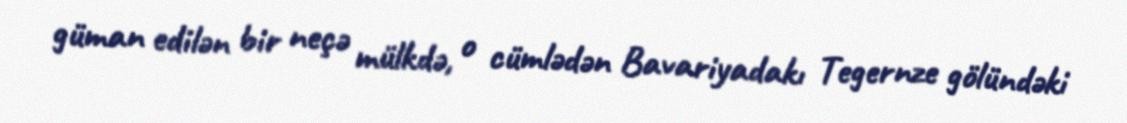
güman edilən bir neçə mülkdə, o cümlədən Bavariyadakı Tegernze gölündəki